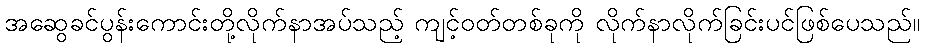
အဆွေခင်ပွန်းကောင်းတို့လိုက်နာအပ်သည့် ကျင့်ဝတ်တစ်ခုကို လိုက်နာလိုက်ခြင်းပင်ဖြစ်ပေသည်။